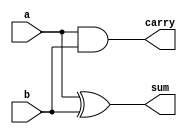
`timescale 1ns / 1ps
//////////////////////////////////////////////////////////////////////////////////
// Company: 
// Engineer: 
// 
// Design Name: 
// Module Name: half_adder
// Project Name: 
// Target Devices: 
// Tool Versions: 
// Description: 
// 
// Dependencies: 
// 
// Revision:
// Revision 0.01 - File Created
// Additional Comments:
// 
//////////////////////////////////////////////////////////////////////////////////


module half_adder(
    input a,b,
    output sum,carry
    );
    assign sum=a^b;
    assign carry=a&b;
endmodule